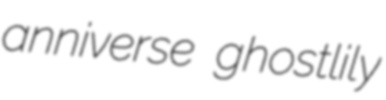
anniverse ghostlily